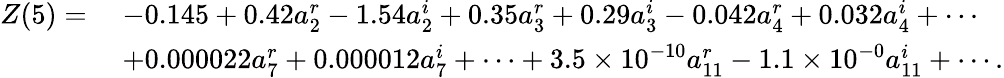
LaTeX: \begin{array}{rl}{Z(5)=\mathstrut}&{-0.145+0.42a_{2}^{r}-1.54a_{2}^{i}+0.35a_{3}^{r}+0.29a_{3}^{i}-0.042a_{4}^{r}+0.032a_{4}^{i}+\cdots}\\ &{+0.000022a_{7}^{r}+0.000012a_{7}^{i}+\cdots+3.5\times 10^{-10}a_{11}^{r}-1.1\times 10^{-0}a_{11}^{i}+\cdots.}\end{array}